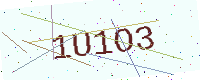
Text: 1U1O3